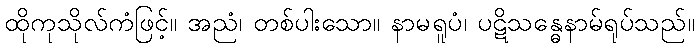
ထိုကုသိုလ်ကံဖြင့်။ အညံ၊ တစ်ပါးသော။ နာမရူပံ၊ ပဋိသန္ဓေနာမ်ရုပ်သည်။